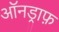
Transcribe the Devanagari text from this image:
ऑनड्राफ़